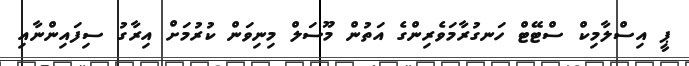
ޕީ އިސްލާމިކް ސްޓޭޓް ހަނގުރާމަވެރިންގެ އަތުން މޫސަލް މިނިވަން ކުރުމަށް އިރާގު ސިފައިންނާއި